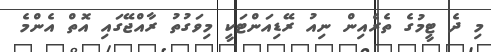
މި ދެ ޓީމުގެ ތެރެއިން ނިއު ރޭޑިއަންޓަކީ މިވަގުތު ރާއްޖޭގައި އޮތް އެންމެ